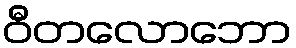
ဝီတလောဘော